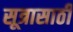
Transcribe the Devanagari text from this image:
सूत्रासाठी